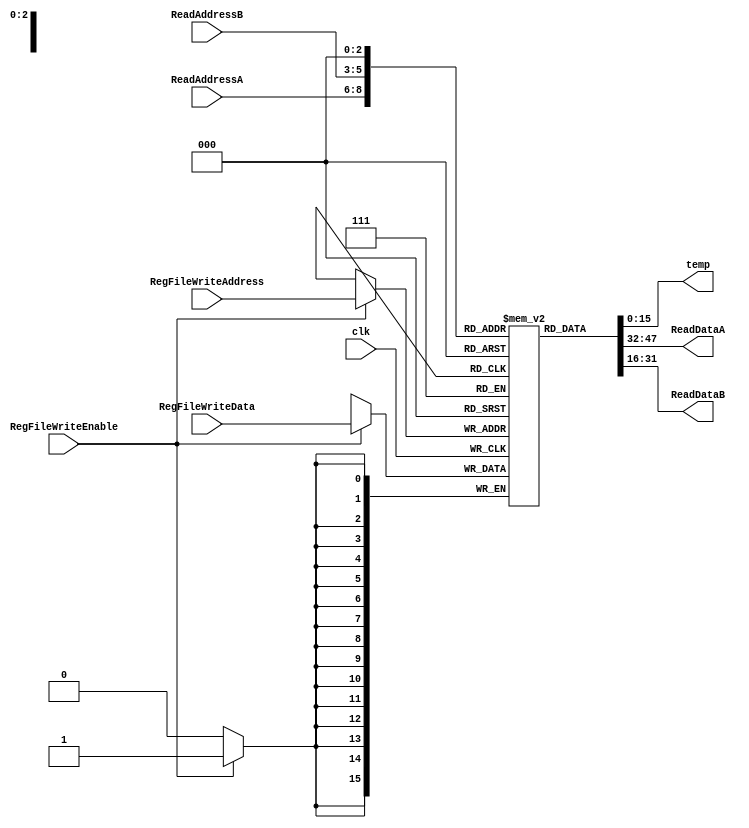
// Ethan Thummel | Amir Bahmandar | Fabiola Sore 4/17/23

`timescale 1ns / 1ps

module RegisterFile(

    output [15:0] temp,
    input clk,
    input RegFileWriteEnable, 
    input [2:0] RegFileWriteAddress, 
    input [15:0] RegFileWriteData, 
    input [2:0] ReadAddressA,
    input [2:0] ReadAddressB,
    output [15:0] ReadDataA,
    output [15:0] ReadDataB

    );

    reg [15:0] File [7:0];

    assign ReadDataA = File[ReadAddressA];
    assign ReadDataB = File[ReadAddressB];

    assign temp = File[0];

    always @(posedge clk) begin

        if (RegFileWriteEnable == 1) begin

            File [RegFileWriteAddress] = RegFileWriteData;

        end

    end

endmodule